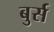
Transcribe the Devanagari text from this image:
बुर्स